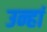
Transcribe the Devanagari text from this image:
उन्हां